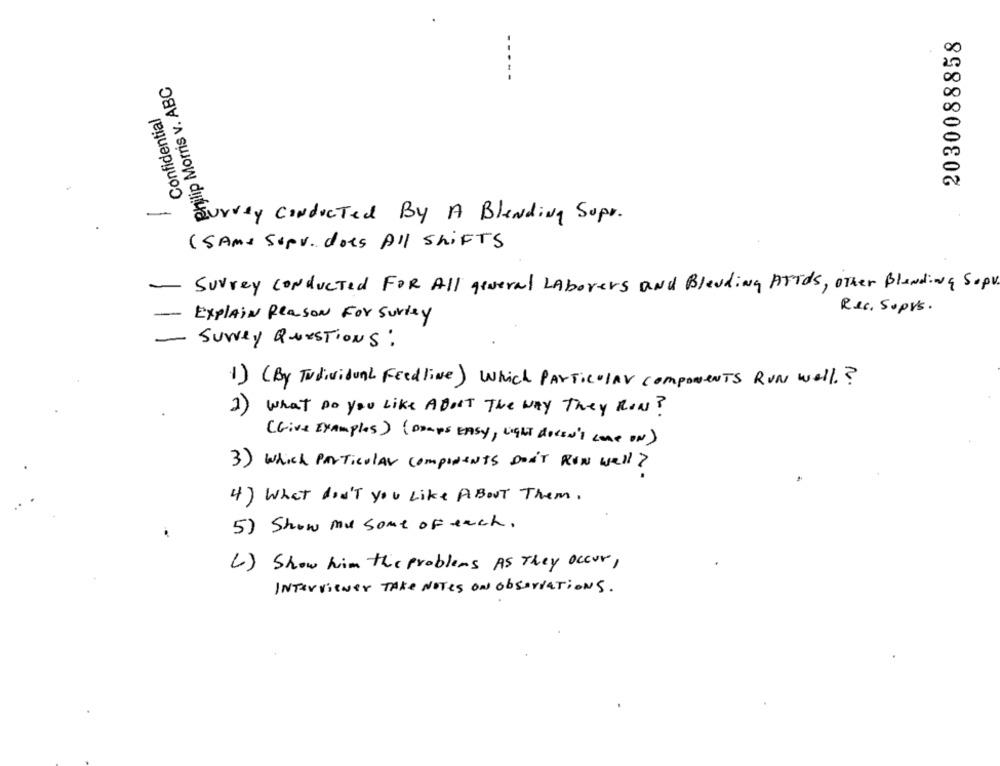
2030088858
Philip Morris v. ABC
Confidential
Survey Conducted By A Blending Supr.
(SAME Sopv. does All shifts
Surrey conducted FOR All general LAbovers and Bleuding ATTds, Other Blanding Sopv.
Rec. Sopps.
EXPLAIN Reason For Surley
SUNLY QUESTIONS:
1) (By TudividuAL Feedlive) Which ParticolAV components RUN well .?
2) what Do you Like ABOUT The WAY They RON?
(Give Examples) (Draps EASY, LIGHT doCEN's cone ON)
3) Which Particular components Don't RUN well?
4) What don't you Like ABOUT Them.
5) Show mu some of each .
C) Show him the problems AS They occur,
INTERviewer Take Notes ON observaTions.